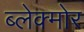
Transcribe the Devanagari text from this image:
ब्लेक्मोर